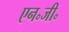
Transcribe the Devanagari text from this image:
एन॰जी॰